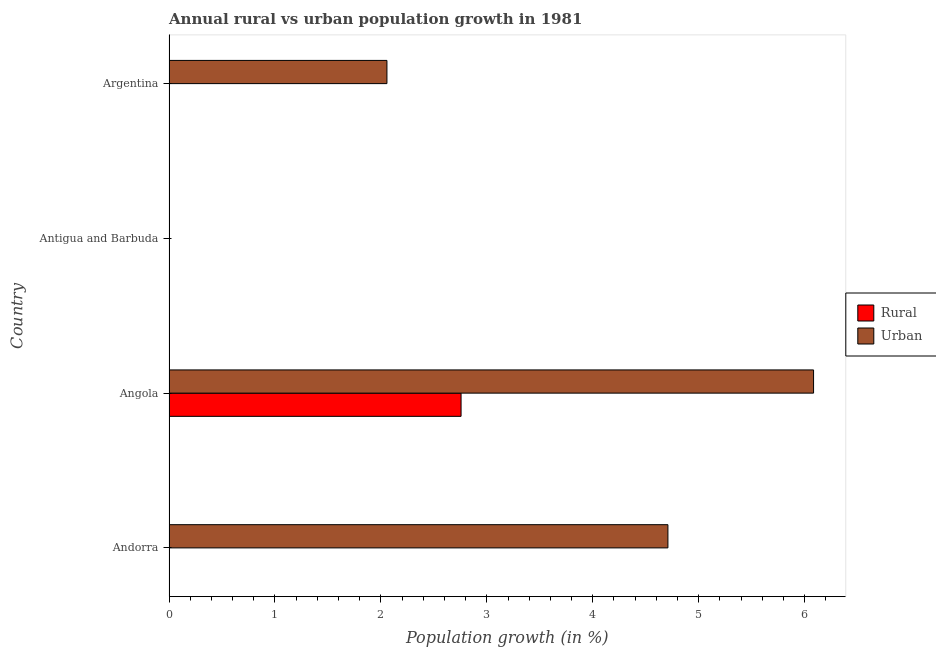
| Country | Rural | Urban  |
 | --- | --- | --- |
 | Andorra | -5.83 | 4.71 |
 | Angola | 2.76 | 6.08 |
 | Antigua and Barbuda | -0.909 | -0.556 |
 | Argentina | -0.976 | 2.06 |